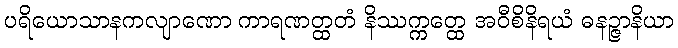
ပရိယောသာနကလျာဏော ကာရဏတ္ထတံ နိဿက္ကတ္ထေ အဝီစိနိရယံ ဓနဉ္ဇာနိယာ